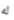
له